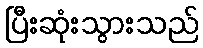
ပြီးဆုံးသွားသည်